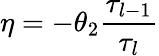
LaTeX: \eta=-\theta_{2}{\frac{\tau_{l-1}}{\tau_{l}}}